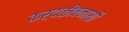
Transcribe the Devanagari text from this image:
कर्दळीवनाशी